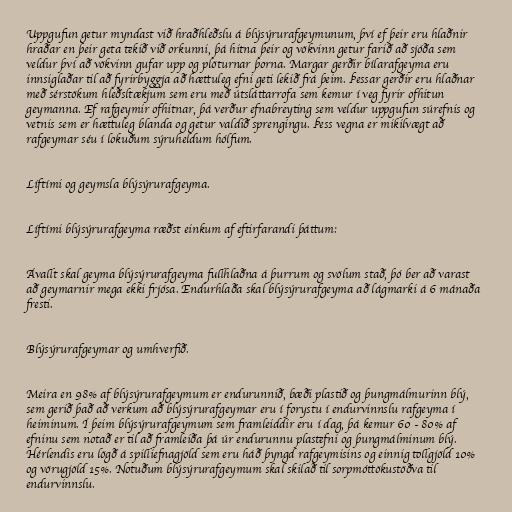
Uppgufun getur myndast við hraðhleðslu á blýsýrurafgeymunum, því ef þeir eru hlaðnir
hraðar en þeir geta tekið við orkunni, þá hitna þeir og vökvinn getur farið að sjóða sem
veldur því að vökvinn gufar upp og plöturnar þorna. Margar gerðir bílarafgeyma eru
innsiglaðar til að fyrirbyggja að hættuleg efni geti lekið frá þeim. Þessar gerðir eru hlaðnar
með sérstökum hleðsltækjum sem eru með útsláttarrofa sem kemur í veg fyrir ofhitun
geymanna. Ef rafgeymir ofhitnar, þá verður efnabreyting sem veldur uppgufun súrefnis og
vetnis sem er hættuleg blanda og getur valdið sprengingu. Þess vegna er mikilvægt að
rafgeymar séu í lokuðum sýruheldum hólfum.

Líftími og geymsla blýsýrurafgeyma.

Líftími blýsýrurafgeyma ræðst einkum af eftirfarandi þáttum:

Ávallt skal geyma blýsýrurafgeyma fullhlaðna á þurrum og svölum stað, þó ber að varast
að geymarnir mega ekki frjósa. Endurhlaða skal blýsýrurafgeyma að lágmarki á 6 mánaða
fresti.

Blýsýrurafgeymar og umhverfið.

Meira en 98% af blýsýrurafgeymum er endurunnið, bæði plastið og þungmálmurinn blý,
sem gerið það að verkum að blýsýrurafgeymar eru í forystu í endurvinnslu rafgeyma í
heiminum. Í þeim blýsýrurafgeymum sem framleiddir eru í dag, þá kemur 60 - 80% af
efninu sem notað er til að framleiða þá úr endurunnu plastefni og þungmálminum blý.
Hérlendis eru lögð á spilliefnagjöld sem eru háð þyngd rafgeymisins og einnig tollgjöld 10%
og vörugjöld 15%. Notuðum blýsýrurafgeymum skal skilað til sorpmóttökustöðva til
endurvinnslu.